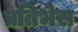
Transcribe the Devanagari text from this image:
प्रतिभेस